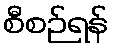
စီစဉ်ရန်